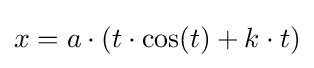
x=a\cdot (t\cdot \cos(t)+k\cdot t)